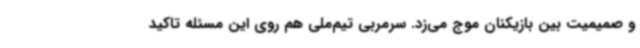
و صمیمیت بین بازیکنان موج می‌زد. سرمربی تیم‌ملی هم روی این مسئله تاکید